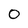
Character: 0